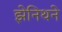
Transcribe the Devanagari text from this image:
झेनिथने